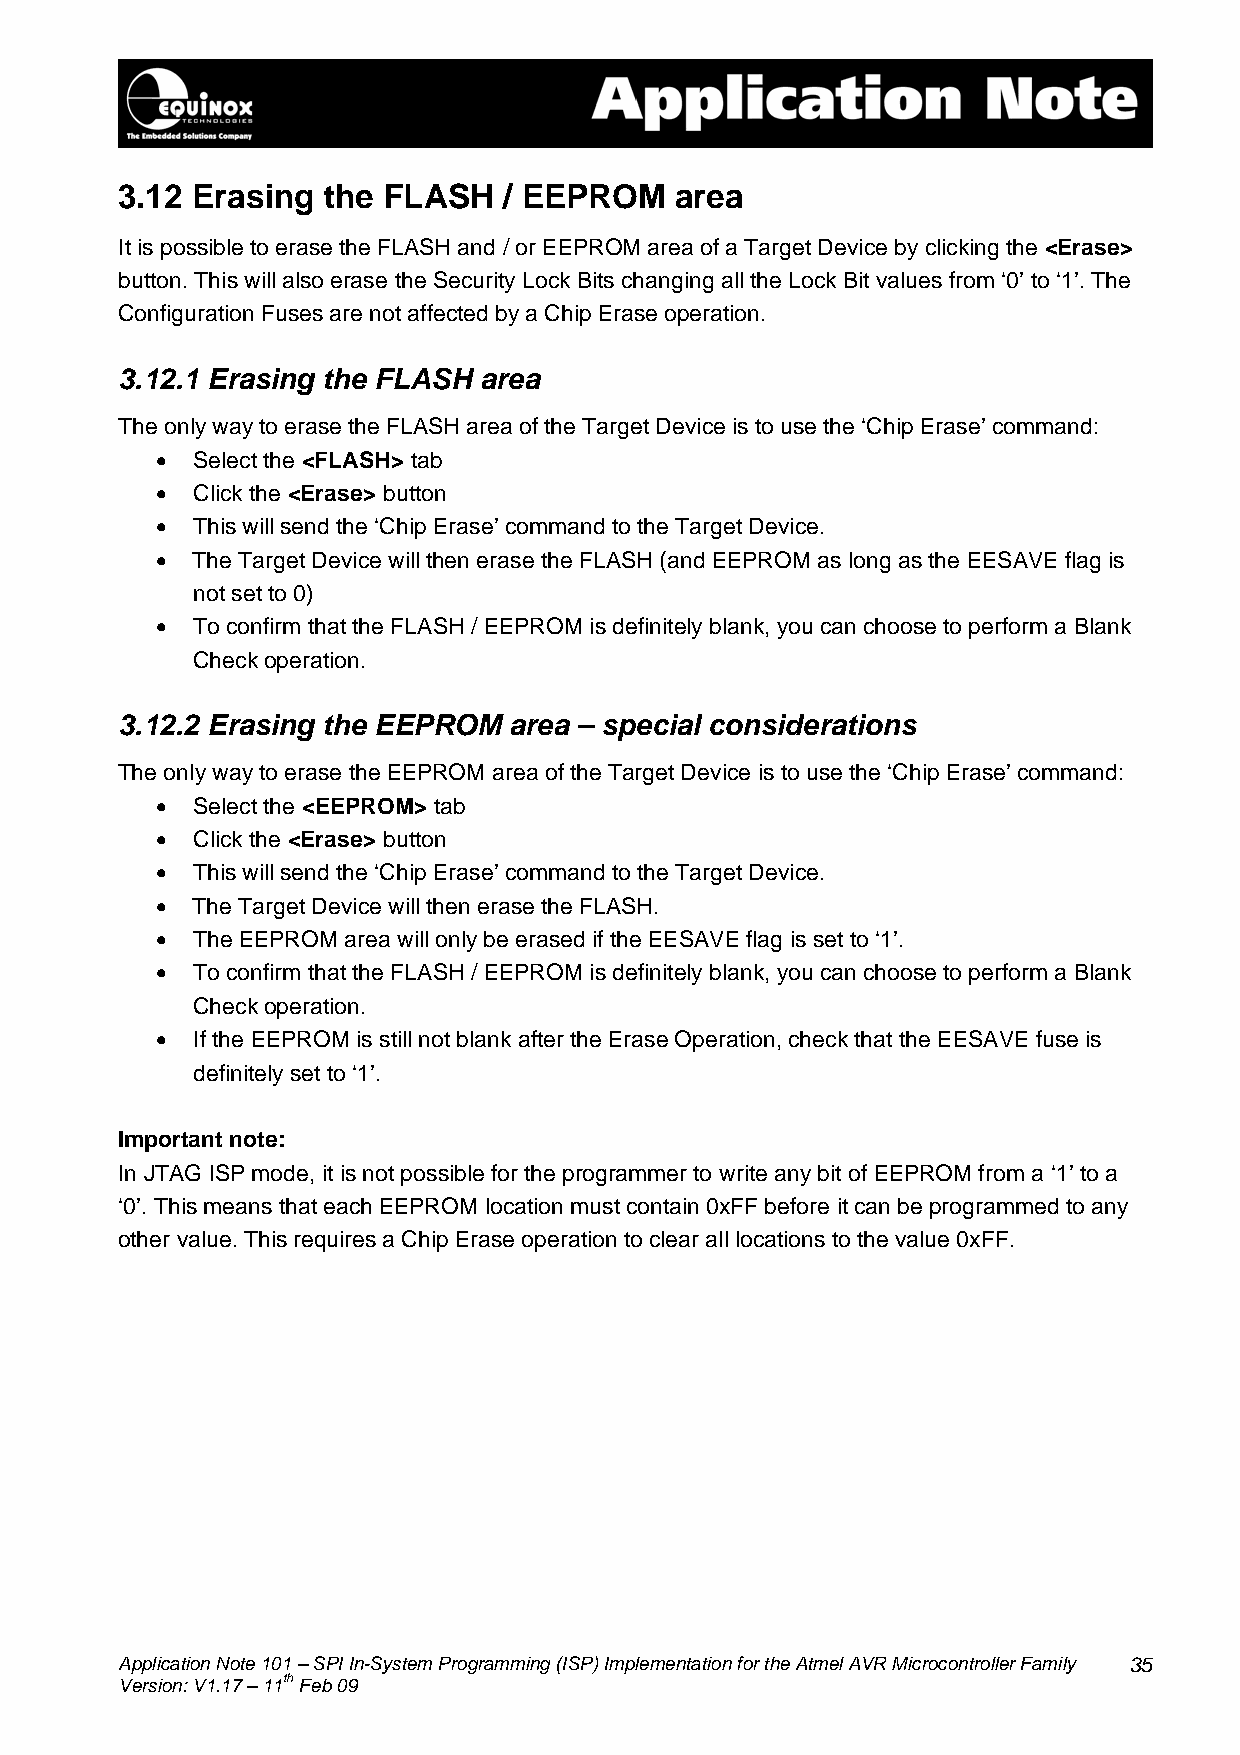
3.12 Erasing the FLASH   / EEPROM    area
 It is possible to erase the FLASH and / or EEPROM area of a Target Device by clicking the <Erase>
 button. This will also erase the Security Lock Bits changing all the Lock Bit values from ‘0’ to ‘1’. The
 Configuration Fuses are not affected by a Chip Erase operation.
 3.12.1 Erasing the FLASH area
 The only way to erase the FLASH area of the Target Device is to use the ‘Chip Erase’ command:
 •  Select the <FLASH> tab
 •  Click the <Erase> button
 •  This will send the ‘Chip Erase’ command to the Target Device.
 •  The Target Device will then erase the FLASH (and EEPROM as long as the EESAVE flag is
 not set to 0)
 •  To confirm that the FLASH / EEPROM is definitely blank, you can choose to perform a Blank
 Check operation.
 3.12.2 Erasing the EEPROM area – special considerations
 The only way to erase the EEPROM area of the Target Device is to use the ‘Chip Erase’ command:
 •  Select the <EEPROM> tab
 •  Click the <Erase> button
 •  This will send the ‘Chip Erase’ command to the Target Device.
 •  The Target Device will then erase the FLASH.
 •  The EEPROM area will only be erased if the EESAVE flag is set to ‘1’.
 •  To confirm that the FLASH / EEPROM is definitely blank, you can choose to perform a Blank
 Check operation.
 •  If the EEPROM is still not blank after the Erase Operation, check that the EESAVE fuse is
 definitely set to ‘1’.
 Important note:
 In JTAG ISP mode, it is not possible for the programmer to write any bit of EEPROM from a ‘1’ to a
 ‘0’. This means that each EEPROM location must contain 0xFF before it can be programmed to any
 other value. This requires a Chip Erase operation to clear all locations to the value 0xFF.
 Application Note 101 – SPI In-System Programming (ISP) Implementation for the Atmel AVR Microcontroller Family 35
 Version: V1.17 – 11th Feb 09